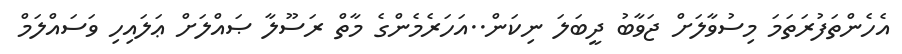
އެހެންތަފުރަތަމަ މިސުވާލަށް ޖަވާބު ދީބަލަ ނިކަން..އަހަރެމެންގެ މާތް ރަސޫލާ ޞައްލަށް ޢަލައިހި ވަސައްލަމް